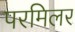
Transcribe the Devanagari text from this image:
परमिलर